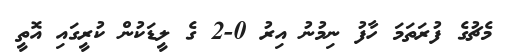
މެޗުގެ ފުރަތަމަ ހާފު ނިމުނު އިރު 0-2 ގެ ލީޑަކުން ކުރީގައި އޮތީ